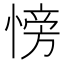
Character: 㥬